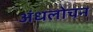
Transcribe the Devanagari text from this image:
अंधलोचन